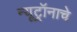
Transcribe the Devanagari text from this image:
न्यूट्रॉनाचे